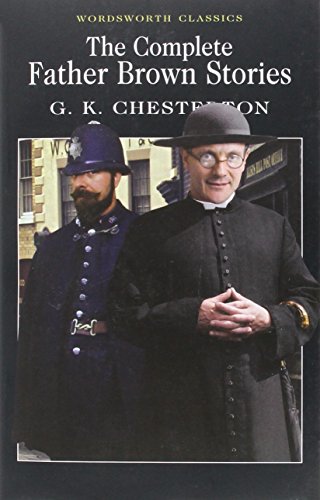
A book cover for The Complete Father Brown Stories; G. K. Chesterton; Mystery, Thriller & Suspense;